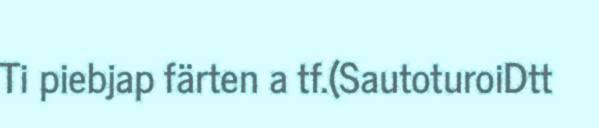
Ti piebjap färten a tf.(SautoturoiDtt